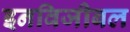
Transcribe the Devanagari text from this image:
इनविजीबल